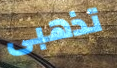
تذهبى